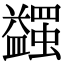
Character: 𧔈